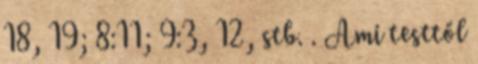
18, 19; 8:11; 9:3, 12, stb. . Ami testtől